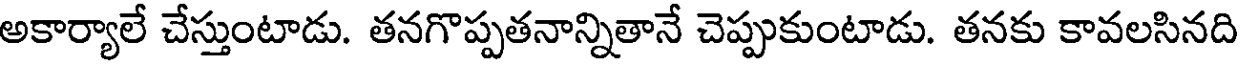
అకార్యాలే చేస్తుంటాడు. తనగొప్పతనాన్నితానే చెప్పుకుంటాడు. తనకు కావలసినది